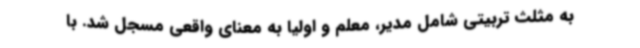
به مثلث تربیتی شامل مدیر، معلم و اولیا به معنای واقعی مسجل شد. با